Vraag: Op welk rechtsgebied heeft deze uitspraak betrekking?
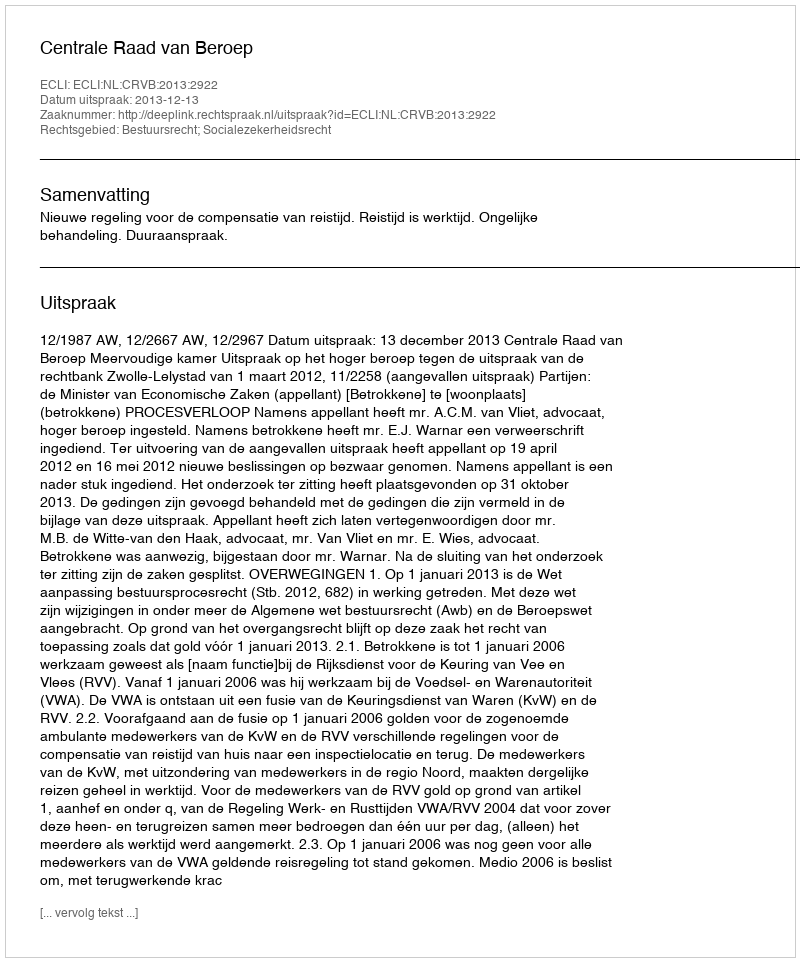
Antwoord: Bestuursrecht; Socialezekerheidsrecht